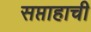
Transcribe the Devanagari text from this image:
सप्ताहाची